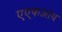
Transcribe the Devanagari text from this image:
एएफआय